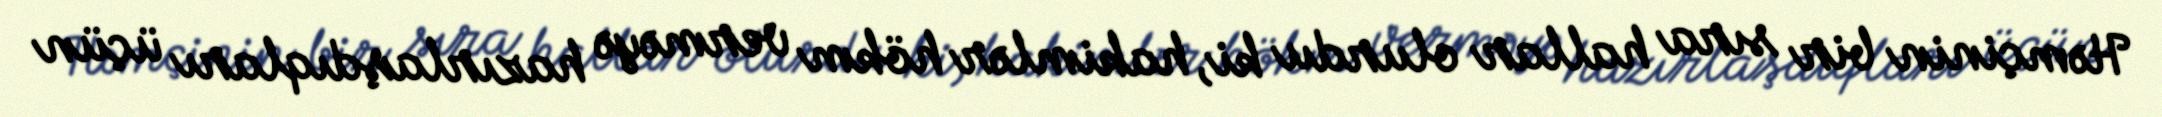
Həmçinin bir sıra hallar olurdu ki, hakimlər hökm verməyə hazırlaşdıqları üçün